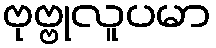
ဗုဗ္ဗုလူပမာ